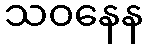
သဝနေန